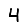
Digit: 4